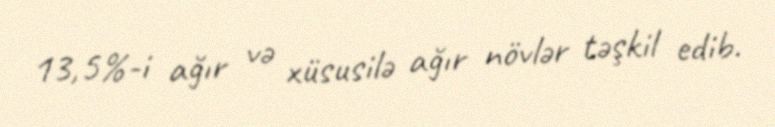
13,5%-i ağır və xüsusilə ağır növlər təşkil edib.